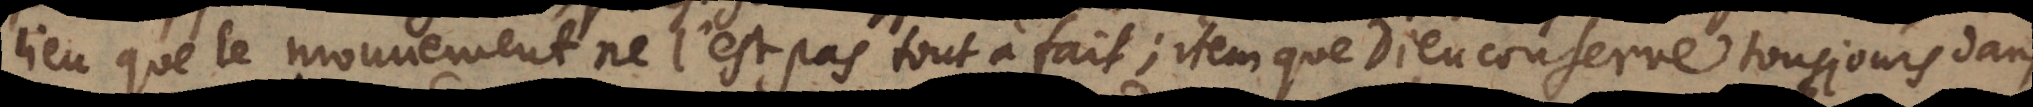
lieu que le mouvement ne l’est pas tout à fait; item que Dieu conserve tousjours dans